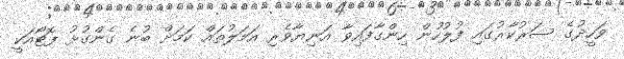
ވަހީދުގެ ސަރުކާރުގައި ފުލުހުން ހިންގާފައިވާ އަނިޔާވެރި އަމަލުތައް ކަމަށް ބުނެ ގެންގުޅު ފޮޓޯއަކީ